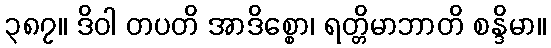
၃၈၇။ ဒိဝါ တပတိ အာဒိစ္စော၊ ရတ္တိမာဘာတိ စန္ဒိမာ။